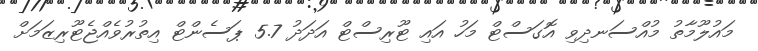
މައުލޫމާތު މުއްސަނދިވި އޮގަސްޓް މަހު އައި ޓޫރިސްޓް އަދަދު 5.7 ޕަސެންޓް އިތުރުވެއްޖެޓޫރިޒަމަށް